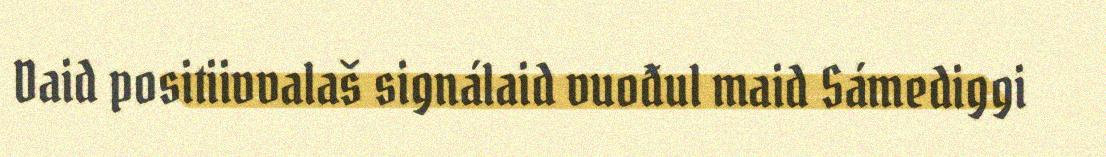
Daid positiivvalaš signálaid vuođul maid Sámediggi